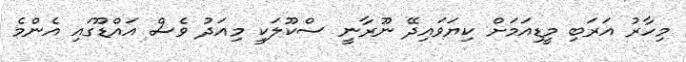
މިހާރު އަރަބި މީޑިއަމަށް ކިޔަވައިދޭ ނޫރާނީ ސްކޫލަކީ މިއަދު ވެސް އައްޑޫގައި އެންމެ